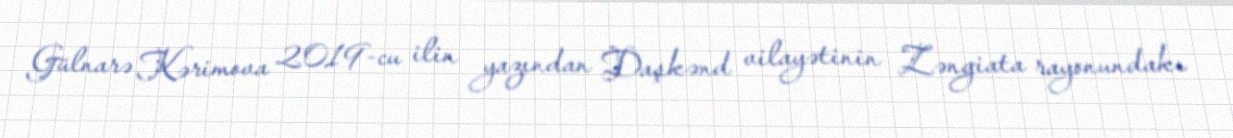
Gülnarə Kərimova 2019-cu ilin yazından Daşkənd vilayətinin Zəngiata rayonundakı